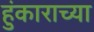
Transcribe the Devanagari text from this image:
हुंकाराच्या